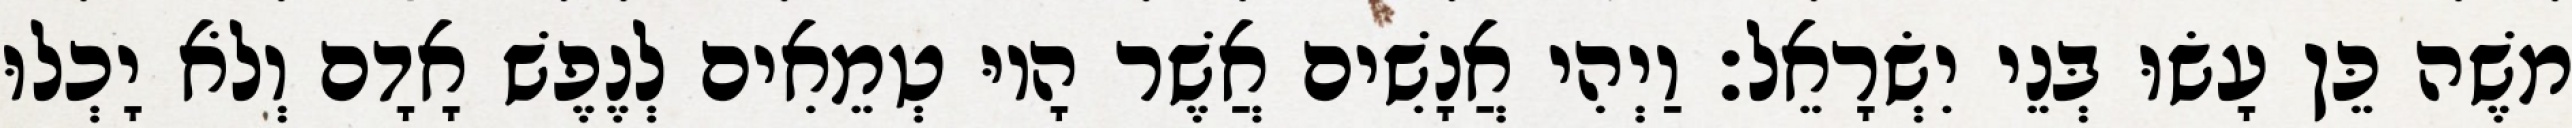
משֶׁה כֵּן עָשׂוּ בְּנֵי יִשְׂרָאֵל׃ וַיְהִי אֲנָשִׁים אֲשֶׁר הָיוּ טְמֵאִים לְנֶפֶשׁ אָדָם וְלֹא יָכְלוּ